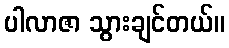
ပါလာဇာ သွားချင်တယ်။